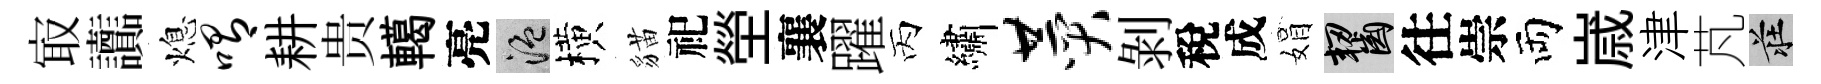
㝡讟熄喟耕贵轕亮温横貓祀塋襄躍丙繡赞剝稅成娟齧往崇両𡻕津芃莊